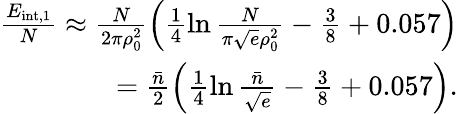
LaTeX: \begin{array}{r}{\frac{E_{\mathrm{{int},1}}}N\approx\frac{N}{2\pi\rho_{0}^{2}}\left(\frac 14\ln\frac N{\pi\sqrt{e}\rho_{0}^{2}}-\frac 38+0.057\right)}\\ {=\frac{\bar{n}}{2}\left(\frac 14\ln\frac{\bar{n}}{\sqrt{e}}-\frac 38+0.057\right).}\end{array}